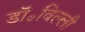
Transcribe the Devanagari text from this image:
डॉ॰विल्ली